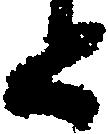
と